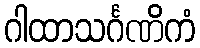
ဂါထာသင်္ဂဏိကံ